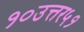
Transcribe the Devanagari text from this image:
१०उत्तर५१